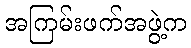
အကြမ်းဖက်အဖွဲ့က